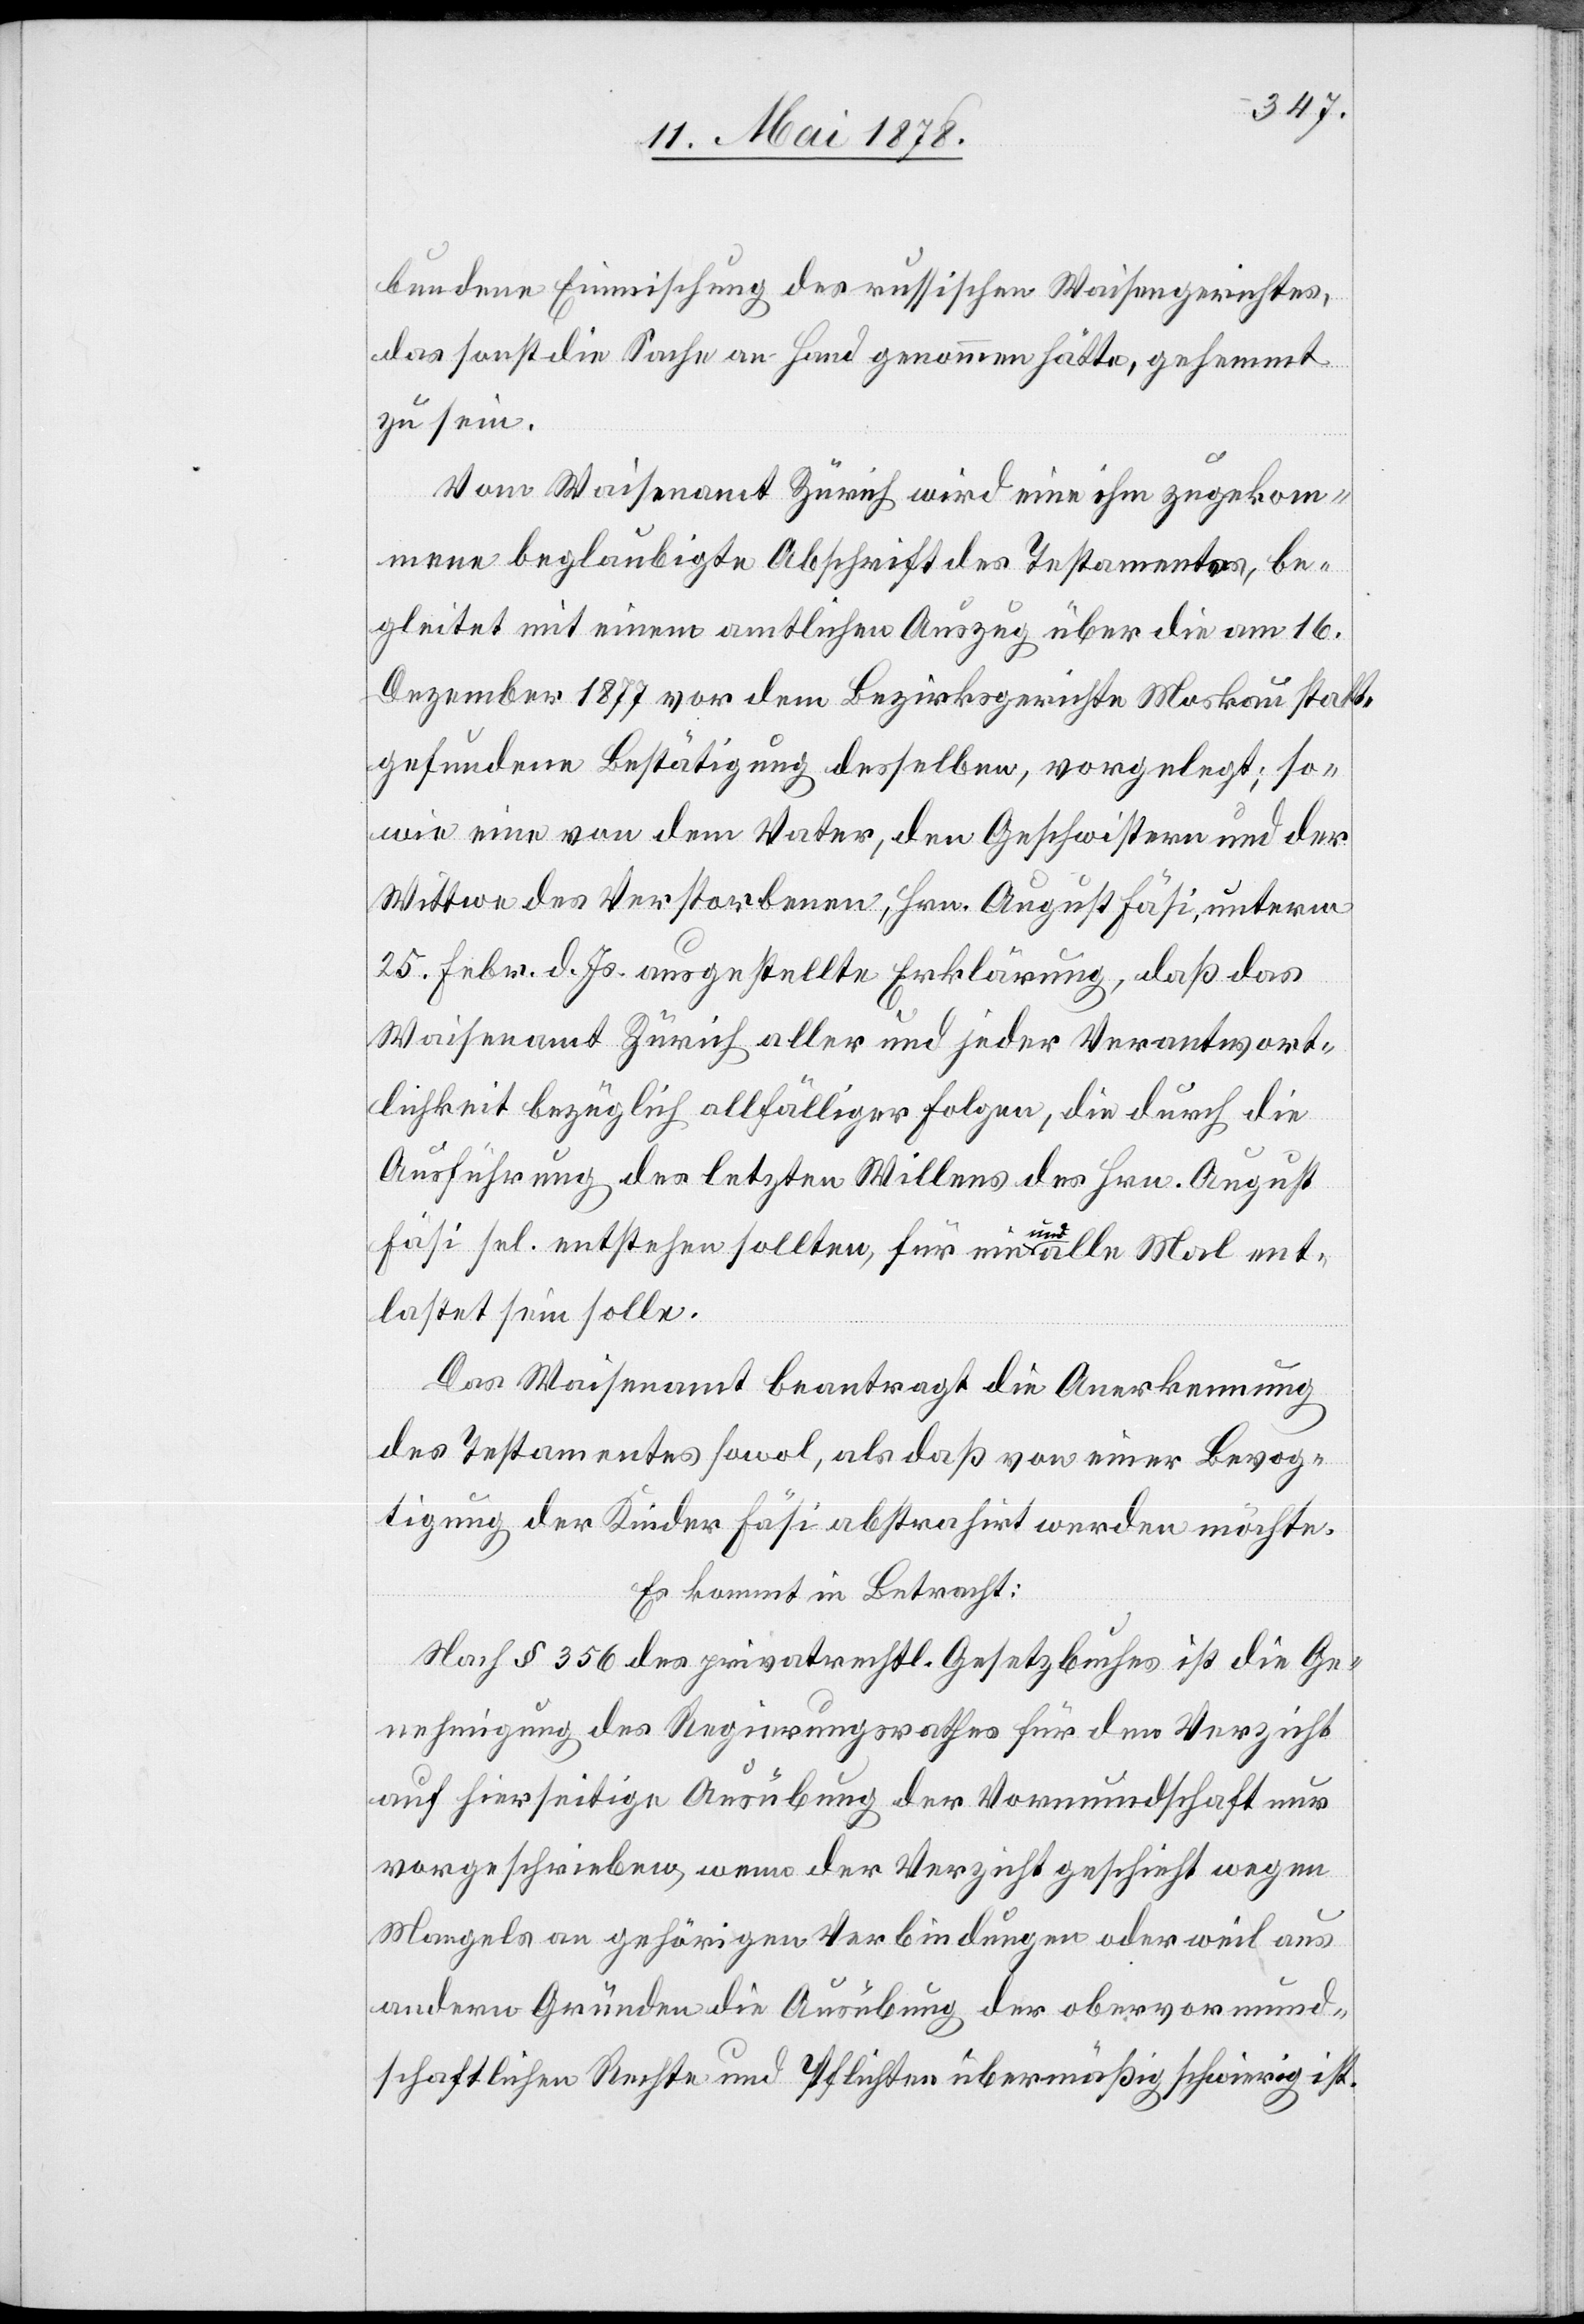
bundene Einmischung des russischen Waisengerichtes,
das sonst die Sache an Hand genommen hätte, gehemmt
zu sein.
Vom Waisenamt Zürich wird eine ihm zugekom¬
mene beglaubigte Abschrift des Testamentes, be¬
gleitet mit einem amtlichen Auszug über die am 16.
Dezember 1877 vor dem Bezirksgerichte Moskau statt¬
gefundene Bestätigung desselben, vorgelegt; so¬
wie eine von dem Vater, den Geschwistern und der
Wittwe des Verstorbenen, Hrn. August Fäsi, unterm
25. Febr. d. Js. ausgestellte Erklärung, daß das
Waisenamt Zürich aller und jeder Verantwort¬
lichkeit bezüglich allfälliger Folgen, die durch die
Ausführung des letzten Willens des Hrn. August
Fäsi sel. entstehen sollten, für ein und alle Mal ent¬
lastet sein solle.
Das Waisenamt beantragt die Anerkennung
des Testamentes sowol, als daß von einer Bevog¬
tigung der Kinder Fäsi abstrahirt werden möchte.
Es kommt in Betracht:
Nach § 356 des privatrecht. Gesetzbuches ist die Ge¬
nehmigung des Regierungsrathes für den Verzicht
auf hierseitige Ausübung der Vormundschaft nur
vorgeschrieben, wenn der Verzicht geschieht wegen
Mangels an gehörigen Verbindungen oder weil aus
andern Gründen die Ausübung der obervormund¬
schaftlichen Rechte und Pflichten übermäßig schwierig ist.